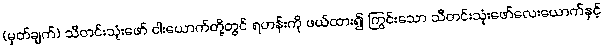
(မှတ်ချက်) သီတင်းသုံးဖော် ငါးယောက်တို့တွင် ရဟန်းကို ဖယ်ထား၍ ကြွင်းသော သီတင်းသုံးဖော်လေးယောက်နှင့်